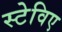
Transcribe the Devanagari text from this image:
स्टेविए